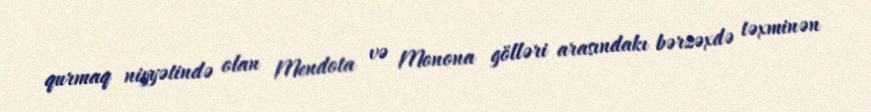
qurmaq niyyətində olan Mendota və Monona gölləri arasındakı bərzəxdə təxminən